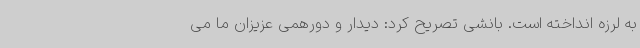
به لرزه انداخته است. بانشی تصریح کرد: دیدار و دورهمی عزیزان ما می